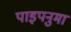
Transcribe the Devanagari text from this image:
पाइपनुमा